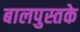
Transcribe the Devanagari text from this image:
बालपुस्तके